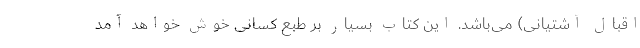
اقبال آشتیانی) می‌باشد. این کتاب بسیار بر طبع کسانی خوش خواهد آمد